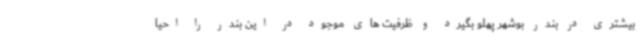
بیشتری در بندر بوشهر پهلو بگیرد و ظرفیت های موجود در این بندر را احیا